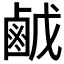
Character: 𪉠